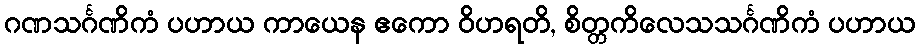
ဂဏသင်္ဂဏိကံ ပဟာယ ကာယေန ဧကော ဝိဟရတိ, စိတ္တကိလေသသင်္ဂဏိကံ ပဟာယ